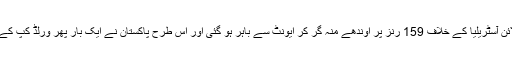
ایونٹ میں رنز کے انبار لگانے والی بیٹنگ لائن آسٹریلیا کے خلاف 159 رنز پر اوندھے منہ گر کر ایونٹ سے باہر ہو گئی اور اس طرح پاکستان نے ایک بار پھر ورلڈ کپ کے سیمی فائنل میں پہنچنے کا اعزاز حاصل کیا۔